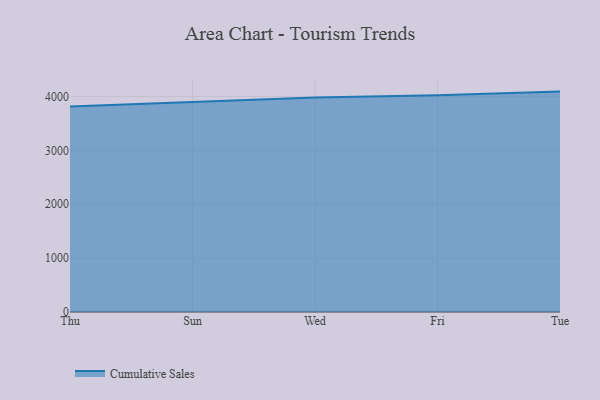
{"axis": {"x": "Day", "y": "Conversion Rate (%)"}, "legend": ["Cumulative Sales"], "data": [{"x": "Thu", "y": 3813.0, "type": "Cumulative Sales"}, {"x": "Sun", "y": 3902.4, "type": "Cumulative Sales"}, {"x": "Wed", "y": 3982.6, "type": "Cumulative Sales"}, {"x": "Fri", "y": 4021.5, "type": "Cumulative Sales"}, {"x": "Tue", "y": 4091.1, "type": "Cumulative Sales"}]}